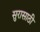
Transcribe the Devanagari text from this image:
सुरासाठी